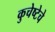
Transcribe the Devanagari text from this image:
कुचेष्टेचे